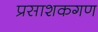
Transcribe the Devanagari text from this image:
प्रसाशकगण